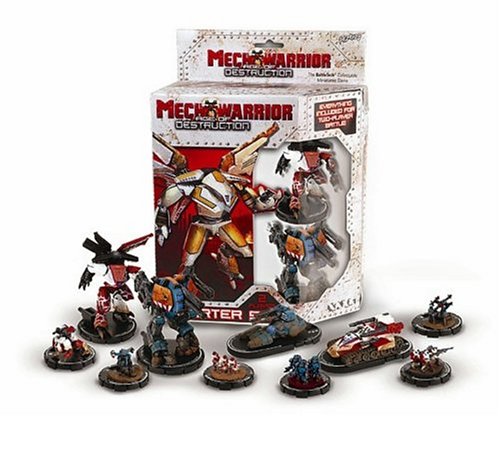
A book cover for MechWarrior Age Of Destruction Starter Set; Wizkids; Science Fiction & Fantasy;